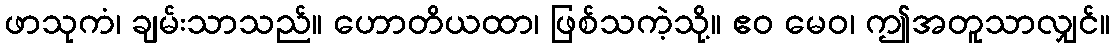
ဖာသုကံ၊ ချမ်းသာသည်။ ဟောတိယထာ၊ ဖြစ်သကဲ့သို့။ ဧဝ မေဝ၊ ဤအတူသာလျှင်။